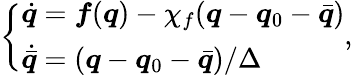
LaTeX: \left\{ \begin{array}{l}{\dot{\boldsymbol{q}}=\boldsymbol{f}(\boldsymbol{q})-\chi_{f}(\boldsymbol{q}-\boldsymbol{q}_{0}-\bar{\boldsymbol{q}})}\\ {\dot{\bar{\boldsymbol{q}}}=(\boldsymbol{q}-\boldsymbol{q}_{0}-\bar{\boldsymbol{q}})/\Delta}\end{array}\right.,